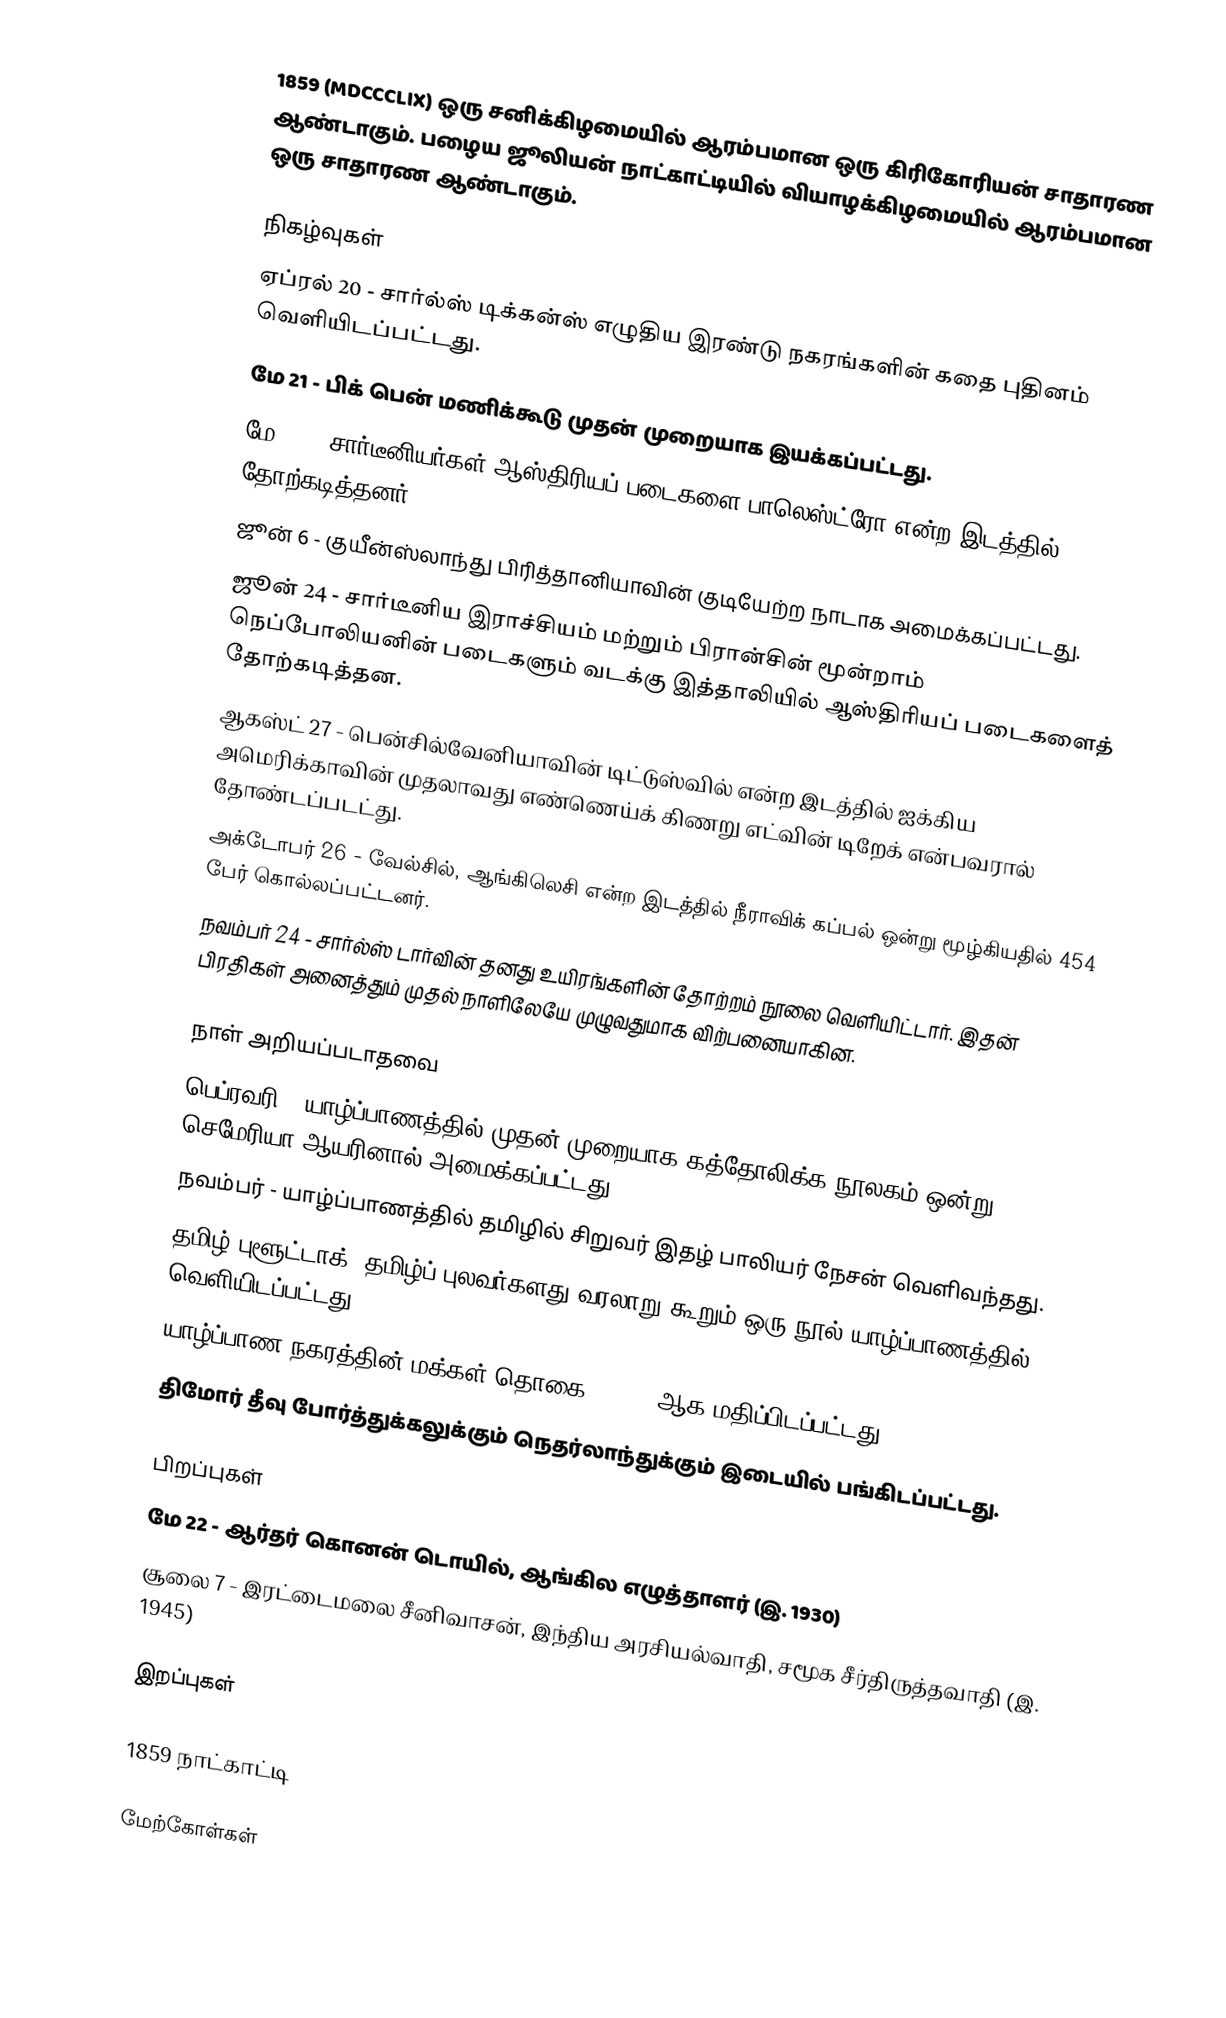
1859 (MDCCCLIX) ஒரு சனிக்கிழமையில் ஆரம்பமான ஒரு கிரிகோரியன் சாதாரண ஆண்டாகும். பழைய ஜூலியன் நாட்காட்டியில் வியாழக்கிழமையில் ஆரம்பமான ஒரு சாதாரண ஆண்டாகும்.

நிகழ்வுகள்
 ஏப்ரல் 20 - சார்ல்ஸ் டிக்கன்ஸ் எழுதிய இரண்டு நகரங்களின் கதை புதினம் வெளியிடப்பட்டது.
 மே 21 - பிக் பென் மணிக்கூடு முதன் முறையாக இயக்கப்பட்டது.
 மே 30 - சார்டீனியர்கள் ஆஸ்திரியப் படைகளை பாலெஸ்ட்ரோ என்ற இடத்தில் தோற்கடித்தனர்.
 ஜூன் 6 - குயீன்ஸ்லாந்து பிரித்தானியாவின் குடியேற்ற நாடாக அமைக்கப்பட்டது.
 ஜூன் 24 - சார்டீனிய இராச்சியம் மற்றும் பிரான்சின் மூன்றாம் நெப்போலியனின் படைகளும் வடக்கு இத்தாலியில் ஆஸ்திரியப் படைகளைத் தோற்கடித்தன.
 ஆகஸ்ட் 27 - பென்சில்வேனியாவின் டிட்டுஸ்வில் என்ற இடத்தில் ஐக்கிய அமெரிக்காவின் முதலாவது எண்ணெய்க் கிணறு எட்வின் டிறேக் என்பவரால் தோண்டப்படட்து.
 அக்டோபர் 26 - வேல்சில், ஆங்கிலெசி என்ற இடத்தில் நீராவிக் கப்பல் ஒன்று மூழ்கியதில் 454 பேர் கொல்லப்பட்டனர்.
 நவம்பர் 24 - சார்ல்ஸ் டார்வின் தனது உயிரங்களின் தோற்றம் நூலை வெளியிட்டார். இதன் பிரதிகள் அனைத்தும் முதல் நாளிலேயே முழுவதுமாக விற்பனையாகின.

நாள் அறியப்படாதவை
 பெப்ரவரி - யாழ்ப்பாணத்தில் முதன் முறையாக கத்தோலிக்க நூலகம் ஒன்று செமேரியா ஆயரினால் அமைக்கப்பட்டது.
 நவம்பர் - யாழ்ப்பாணத்தில் தமிழில் சிறுவர் இதழ் பாலியர் நேசன் வெளிவந்தது.
 தமிழ் புளூட்டாக், தமிழ்ப் புலவர்களது வரலாறு கூறும் ஒரு நூல் யாழ்ப்பாணத்தில் வெளியிடப்பட்டது.
 யாழ்ப்பாண நகரத்தின் மக்கள் தொகை 28,500 ஆக மதிப்பிடப்பட்டது.
 திமோர் தீவு போர்த்துக்கலுக்கும் நெதர்லாந்துக்கும் இடையில் பங்கிடப்பட்டது.

பிறப்புகள்
 மே 22 - ஆர்தர் கொனன் டொயில், ஆங்கில எழுத்தாளர் (இ. 1930)
 சூலை 7 - இரட்டைமலை சீனிவாசன், இந்திய அரசியல்வாதி, சமூக சீர்திருத்தவாதி (இ. 1945)

இறப்புகள்

1859 நாட்காட்டி

மேற்கோள்கள்